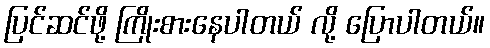
ပြင်ဆင်ဖို့ ကြိုးစားနေပါတယ် လို့ ပြောပါတယ်။